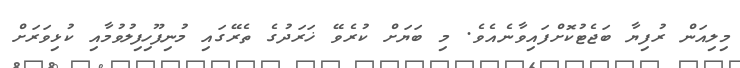
މިލިއަން ރުފިޔާ ބަޖެޓުކޮށްފައިވާނެއެވެ. މި ބަޔަށް ކުރެވޭ ޚަރަދުގެ ތެރޭގައި މުނިފޫހިފިލުވުމާއި ކުޅިވަރަށް